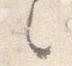
之